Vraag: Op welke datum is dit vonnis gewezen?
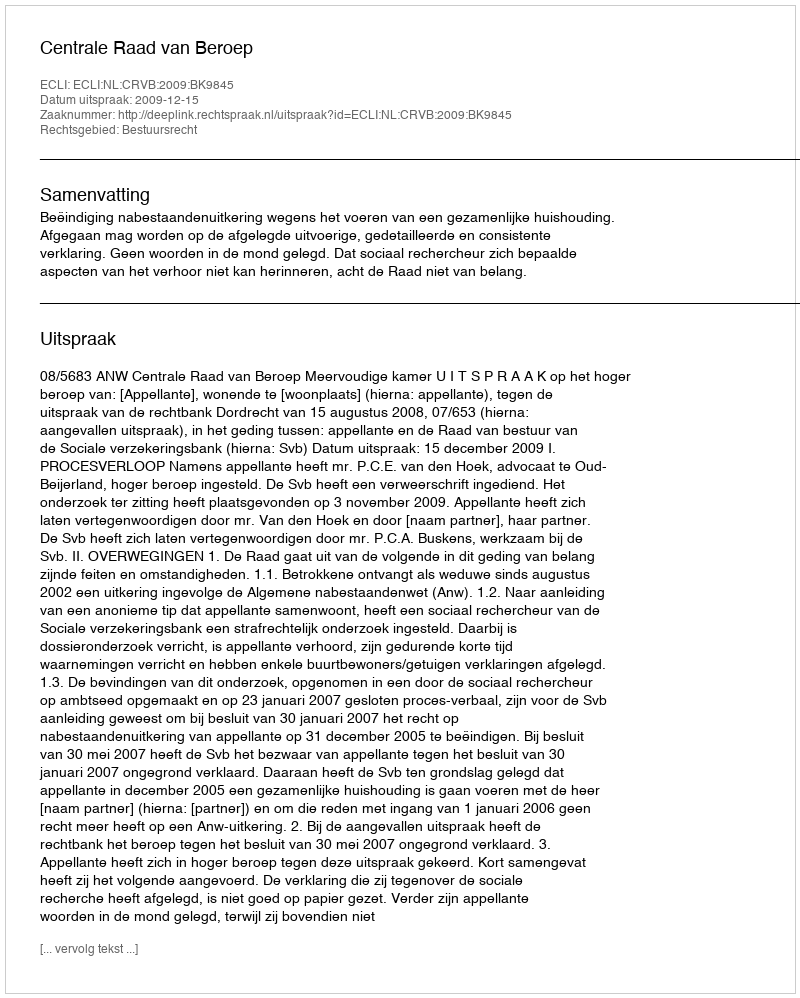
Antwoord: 2009-12-15